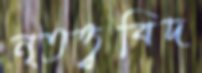
নৃতত্ত্ববিদ